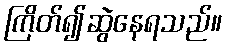
ကြိတ်၍ဆွဲနေရသည်။